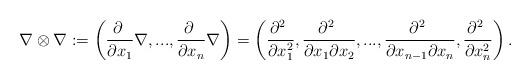
LaTeX: \begin{align*} \nabla\otimes\nabla := \left( \frac{\partial\ }{\partial x_1}\nabla, ..., \frac{\partial\ }{\partial x_n}\nabla\right) = \left( \frac{\partial^2\ }{\partial x_1^2}, \frac{\partial^2\ }{\partial x_1\partial x_2}, ..., \frac{\partial^2\ }{\partial x_{n-1}\partial x_n}, \frac{\partial^2\ }{\partial x_n^2}\right).\end{align*}